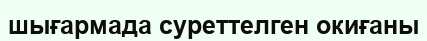
шығармада суреттелген окиғаны